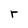
Character: r